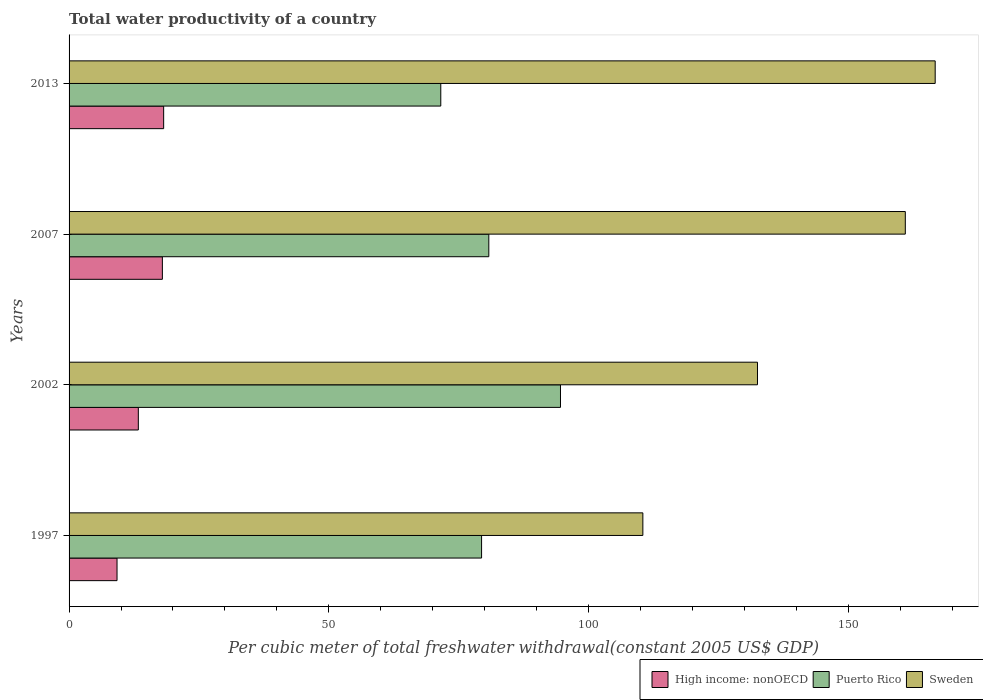
| Years | High income: nonOECD | Puerto Rico | Sweden |
 | --- | --- | --- | --- |
 | 1997 | 9.23 | 79.4 | 110 |
 | 2002 | 13.3 | 94.6 | 133 |
 | 2007 | 18 | 80.8 | 161 |
 | 2013 | 18.2 | 71.6 | 167 |